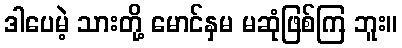
ဒါပေမဲ့ သားတို့ မောင်နှမ မဆုံဖြစ်ကြ ဘူး။